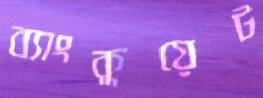
ব্যাংকুয়েট